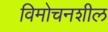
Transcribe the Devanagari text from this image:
विमोचनशील